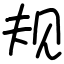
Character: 规